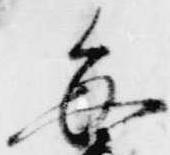
毎